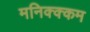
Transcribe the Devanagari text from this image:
मनिक्क्कम